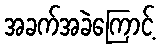
အခက်အခဲကြောင့်